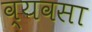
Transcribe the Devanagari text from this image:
व्यवसा